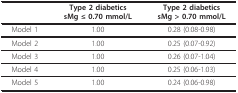
<table><thead><tr><td></td><td><b>Type 2 diabeticssMg ≤ 0.70 mmol/L</b></td><td><b>Type 2 diabeticssMg &gt; 0.70 mmol/L</b></td></tr></thead><tbody><tr><td>Model 1</td><td>1.00</td><td>0.28 (0.08-0.98)</td></tr><tr><td>Model 2</td><td>1.00</td><td>0.25 (0.07-0.92)</td></tr><tr><td>Model 3</td><td>1.00</td><td>0.26 (0.07-1.04)</td></tr><tr><td>Model 4</td><td>1.00</td><td>0.25 (0.06-1.03)</td></tr><tr><td>Model 5</td><td>1.00</td><td>0.24 (0.06-0.98)</td></tr></tbody></table>